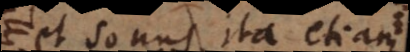
et sonus, ita etiam